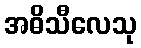
အဓိသီလေသု